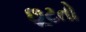
છૂટતો